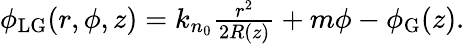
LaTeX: \begin{array}{r}{\phi_{\mathrm{LG}}(r,\phi,z)=k_{n_{0}}\frac{r^{2}}{2R(z)}+m\phi-\phi_{\mathrm{G}}(z).}\end{array}